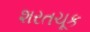
શરતચૂક